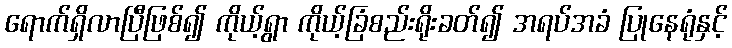
ရောက်ရှိလာပြီဖြစ်၍ ကိုယ့်ရွာ ကိုယ့်ခြံစည်းရိုးခတ်၍ အရပ်အခံ ပြုနေရုံနှင့်